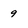
Character: 9